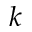
k